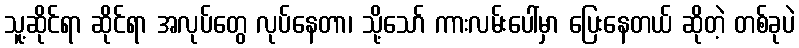
သူ့ဆိုင်ရာ ဆိုင်ရာ အလုပ်တွေ လုပ်နေတာ၊ သို့သော် ကားလမ်းပေါ်မှာ ပြေးနေတယ် ဆိုတဲ့ တစ်ခုပဲ